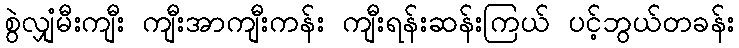
စွဲလျှံမီးကျီး ကျီးအာကျီးကန်း ကျီးရန်းဆန်းကြယ် ပင့်ဘွယ်တခန်း